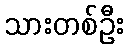
သားတစ်ဦး